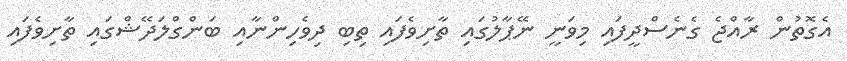
އެގޮތުން ރާއްޖެ ގެނެސްދީފައި މިވަނީ ނޭޕާލުގައި ތާށިވެފައި ތިބި ދިވެހިންނާއި ބަންގްލަދޭޝްގައި ތާށިވެފައި